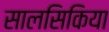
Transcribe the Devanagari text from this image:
सालसिकिया